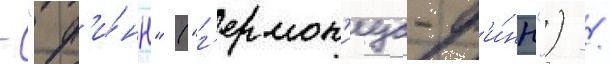
- "ф'и́нн" ("г'ермон'иус-ф'и́нн") /